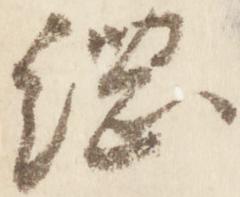
綱